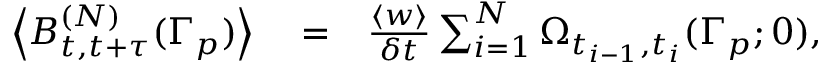
\begin{array} { r l r } { \left< B _ { t , t + \tau } ^ { ( N ) } ( \Gamma _ { p } ) \right> } & { { } = } & { \frac { \left< w \right> } { \delta t } \sum _ { i = 1 } ^ { N } \Omega _ { t _ { i - 1 } , t _ { i } } ( \Gamma _ { p } ; 0 ) , } \end{array}